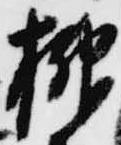
榊